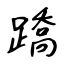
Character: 蹻